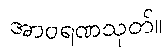
အာဝရဏသုတ်။